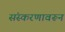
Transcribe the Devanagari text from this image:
संस्करणावरून